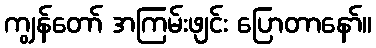
ကျွန်တော် အကြမ်းဖျင်း ပြောတာနော်။